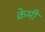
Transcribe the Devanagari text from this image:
क्रेमी